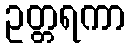
ဥတ္တရကာ